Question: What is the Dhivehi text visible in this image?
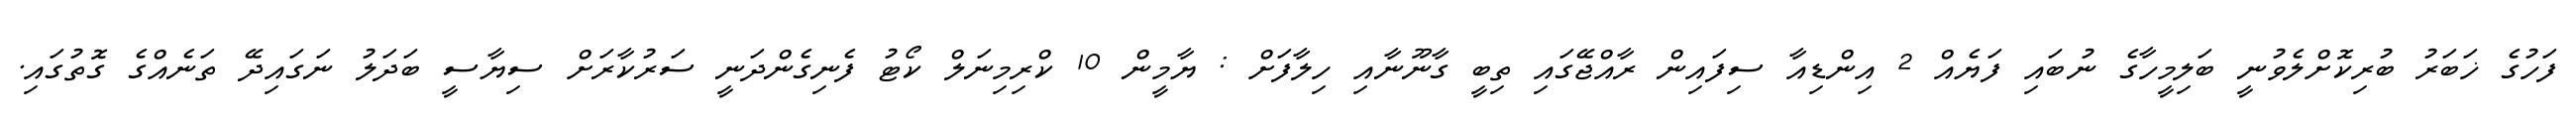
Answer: ފަހުގެ ޚަބަރު ބުރިކޮށްލެވުނީ ބަލިމީހާގެ ނުބައި ފަޔެއް 2 އިންޑިއާ ސިފައިން ރާއްޖޭގައި ތިބީ ގާނޫނާއި ހިލާފަށް : ޔާމީން 10 ކްރިމިނަލް ކޯޓު ފެނިގެންދަނީ ސަރުކާރަށް ސިޔާސީ ބަދަލު ނަގައިދޭ ތަނެއްގެ ގޮތުގައި.